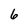
Character: 6